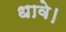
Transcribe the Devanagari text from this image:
धावे।